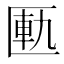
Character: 匭